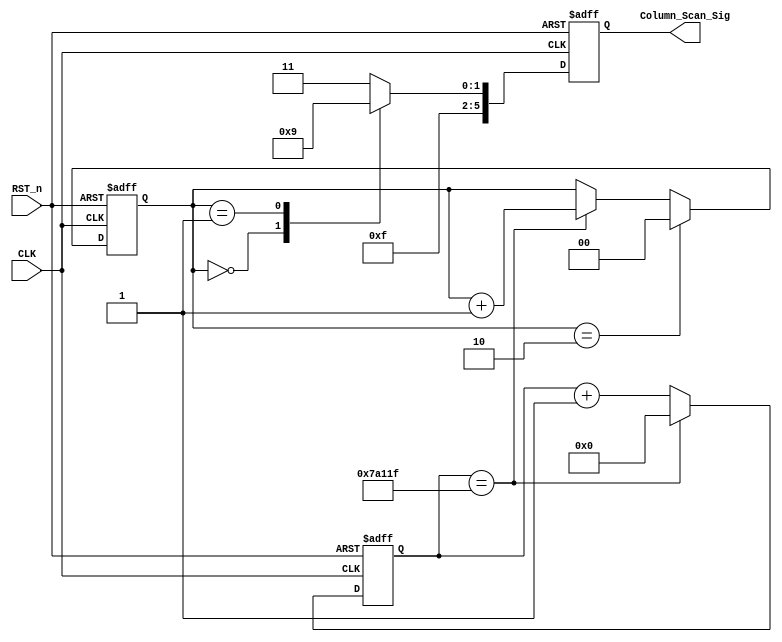
`timescale 1ns / 1ps
//////////////////////////////////////////////////////////////////////////////////
// Company: 
// Engineer: 
// 
// Design Name: 
// Module Name:    column_scan_mod 
// Project Name: 
// Target Devices: 
// Tool versions: 
// Description: 
//
// Dependencies: 
//
// Revision: 
// Revision 0.01 - File Created
// Additional Comments: 
//
//////////////////////////////////////////////////////////////////////////////////
module column_scan_mod(
    CLK,
    RST_n,
    Column_Scan_Sig
    );
    
    input  CLK;
    input  RST_n;
    output reg [5:0] Column_Scan_Sig;

    //10ms -- 
    parameter T10MS = 19'd499_999;

    /*
    reg [18:0] count;
    
    always @(posedge CLK or negedge RST_n) begin
        if (!RST_n) begin
            count <= 19'd0;
        end
        else if (isCount && count == T10MS) begin
            count <= 19'd0;
        end
        else if (isCount) begin
            count <= count + 1'b1;
        end
        else if(!isCount) begin
            count <= 19'd0;
        end
    end
    
    reg i;
    reg isCount;
    
    always @(posedge CLK or negedge RST_n) begin
        if (!RST_n) begin
            i <= 1'b0;
            isCount <= 1'b0;
            Column_Scan_Sig <= 6'b11_1111;
        end
        else begin
            case (i)
                1'b0:
                begin
                    if (count == T10MS) begin
                        isCount <= 1'b0;
                        i <= 1'b1;
                    end
                    else begin
                        isCount <= 1'b1;
                        Column_Scan_Sig <= 6'b11_1110;
                    end
                end
                
                1'b1:
                begin
                    if (count == T10MS) begin
                        isCount <= 1'b0;
                        i <= 1'b0;
                    end
                    else begin
                        isCount <= 1'b1;
                        Column_Scan_Sig <= 6'b11_1101;
                    end
                end
            endcase
        end
    end
    */
    
    reg [18:0] count;
    
    always @(posedge CLK or negedge RST_n) begin
        if (!RST_n) begin
            count <= 19'd0;
        end
        else if (count == T10MS) begin
            count <= 19'd0;
        end
        else begin
            count <= count + 1'b1;
        end
    end
    
    reg [1:0] t;
    
    always @(posedge CLK or negedge RST_n) begin
        if (!RST_n) begin
            t <= 2'd0;
        end
        else if (t == 2'd2) begin
            t <= 2'd0;
        end
        else if (count == T10MS) begin
            t <= t + 1'b1;
        end
    end
    
    always @(posedge CLK or negedge RST_n) begin
        if (!RST_n) begin
            Column_Scan_Sig <= 6'b11_1111;
        end
        else begin
            case (t)
            2'd0: Column_Scan_Sig <= 6'b11_1110; //10ms0 
            2'd1: Column_Scan_Sig <= 6'b11_1101; //10ms1 
            default: Column_Scan_Sig <= 6'b11_1111;
            endcase
        end
    end

endmodule